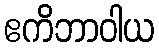
ဧကိဘာဝါယ